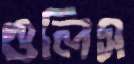
গুলিস